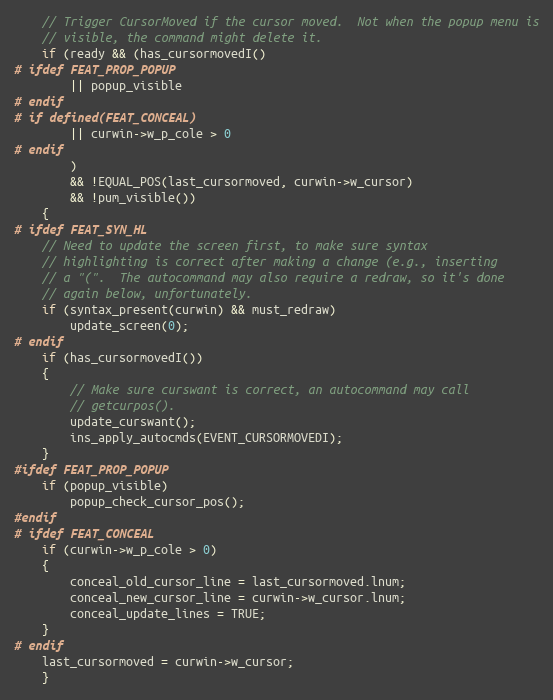
Language: C
    // Trigger CursorMoved if the cursor moved.  Not when the popup menu is
    // visible, the command might delete it.
    if (ready && (has_cursormovedI()
# ifdef FEAT_PROP_POPUP
		|| popup_visible
# endif
# if defined(FEAT_CONCEAL)
		|| curwin->w_p_cole > 0
# endif
		)
	    && !EQUAL_POS(last_cursormoved, curwin->w_cursor)
	    && !pum_visible())
    {
# ifdef FEAT_SYN_HL
	// Need to update the screen first, to make sure syntax
	// highlighting is correct after making a change (e.g., inserting
	// a "(".  The autocommand may also require a redraw, so it's done
	// again below, unfortunately.
	if (syntax_present(curwin) && must_redraw)
	    update_screen(0);
# endif
	if (has_cursormovedI())
	{
	    // Make sure curswant is correct, an autocommand may call
	    // getcurpos().
	    update_curswant();
	    ins_apply_autocmds(EVENT_CURSORMOVEDI);
	}
#ifdef FEAT_PROP_POPUP
	if (popup_visible)
	    popup_check_cursor_pos();
#endif
# ifdef FEAT_CONCEAL
	if (curwin->w_p_cole > 0)
	{
	    conceal_old_cursor_line = last_cursormoved.lnum;
	    conceal_new_cursor_line = curwin->w_cursor.lnum;
	    conceal_update_lines = TRUE;
	}
# endif
	last_cursormoved = curwin->w_cursor;
    }